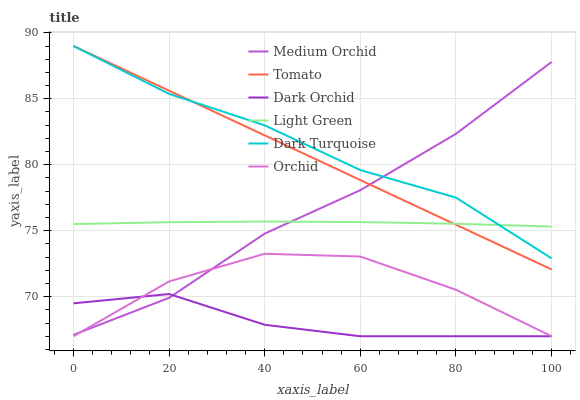
| xaxis_label | Medium Orchid | Tomato | Dark Orchid | Light Green | Dark Turquoise | Orchid |
 | --- | --- | --- | --- | --- | --- | --- |
 | 0 | 67.1 | 89 | 69.5 | 75.5 | 89 | 67 |
 | 20 | 69.9 | 85.6 | 70.2 | 75.6 | 85.4 | 71.2 |
 | 40 | 74.8 | 82.2 | 67.9 | 75.7 | 83 | 73.3 |
 | 60 | 78.1 | 78.8 | 67 | 75.7 | 79.6 | 73 |
 | 80 | 82.3 | 75.5 | 67 | 75.5 | 77.5 | 70.5 |
 | 100 | 87.8 | 72.1 | 67 | 75.3 | 72.9 | 67 |